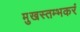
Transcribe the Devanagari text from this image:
मुखस्तम्भकरं